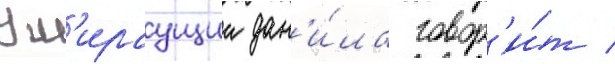
Ум'ираущии дан'и́ла говор'и́т /